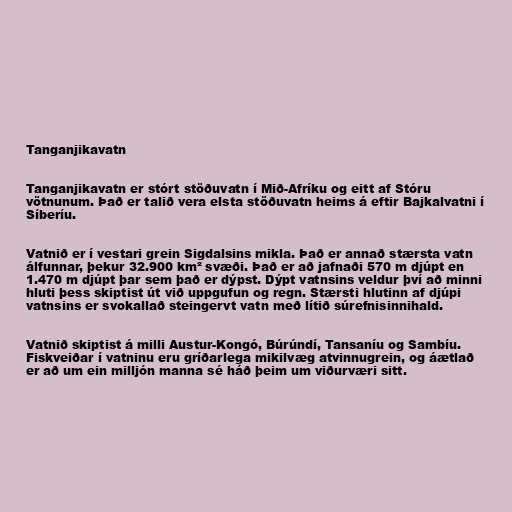
Tanganjikavatn

Tanganjikavatn er stórt stöðuvatn í Mið-Afríku og eitt af Stóru
vötnunum. Það er talið vera elsta stöðuvatn heims á eftir Bajkalvatni í
Síberíu.

Vatnið er í vestari grein Sigdalsins mikla. Það er annað stærsta vatn
álfunnar, þekur 32.900 km² svæði. Það er að jafnaði 570 m djúpt en
1.470 m djúpt þar sem það er dýpst. Dýpt vatnsins veldur því að minni
hluti þess skiptist út við uppgufun og regn. Stærsti hlutinn af djúpi
vatnsins er svokallað steingervt vatn með lítið súrefnisinnihald.

Vatnið skiptist á milli Austur-Kongó, Búrúndí, Tansaníu og Sambíu.
Fiskveiðar í vatninu eru gríðarlega mikilvæg atvinnugrein, og áætlað
er að um ein milljón manna sé háð þeim um viðurværi sitt.